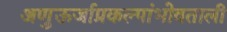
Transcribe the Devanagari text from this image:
अणुऊर्जाप्रकल्पांभोवताली